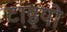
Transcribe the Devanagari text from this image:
टाइपो